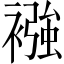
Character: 襁